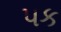
પક